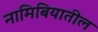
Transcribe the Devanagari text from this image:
नामिबियातील